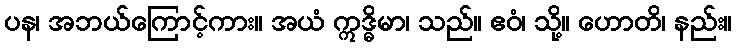
ပန၊ အဘယ်ကြောင့်ကား။ အယံ ဣဒ္ဓိမာ၊ သည်။ ဧဝံ၊ သို့။ ဟောတိ၊ နည်း။